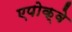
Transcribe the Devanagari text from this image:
एपोक्वे